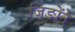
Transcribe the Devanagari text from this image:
जिङोंने